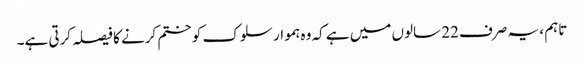
تاہم ، یہ صرف 22 سالوں میں ہے کہ وہ ہموار سلوک کو ختم کرنے کا فیصلہ کرتی ہے۔